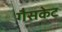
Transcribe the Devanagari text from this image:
गैसकेट